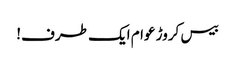
بیس کروڑ عوام ایک طرف!